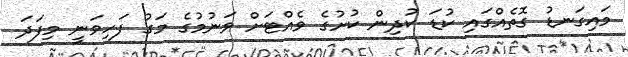
މައިގަނޑު ގޮތެއްގައި ކުޑަ ކުދިން ކުށުގެ ވެއްޓަށް ވަނުމުގެ މަގު ފަހިވަނީ މިފަދަ